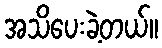
အသိပေးခဲ့တယ်။